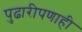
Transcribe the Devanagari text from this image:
पुढारीपणाही